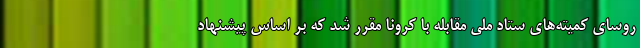
روسای کمیته‌های ستاد ملی مقابله با کرونا مقرر شد که بر اساس پیشنهاد